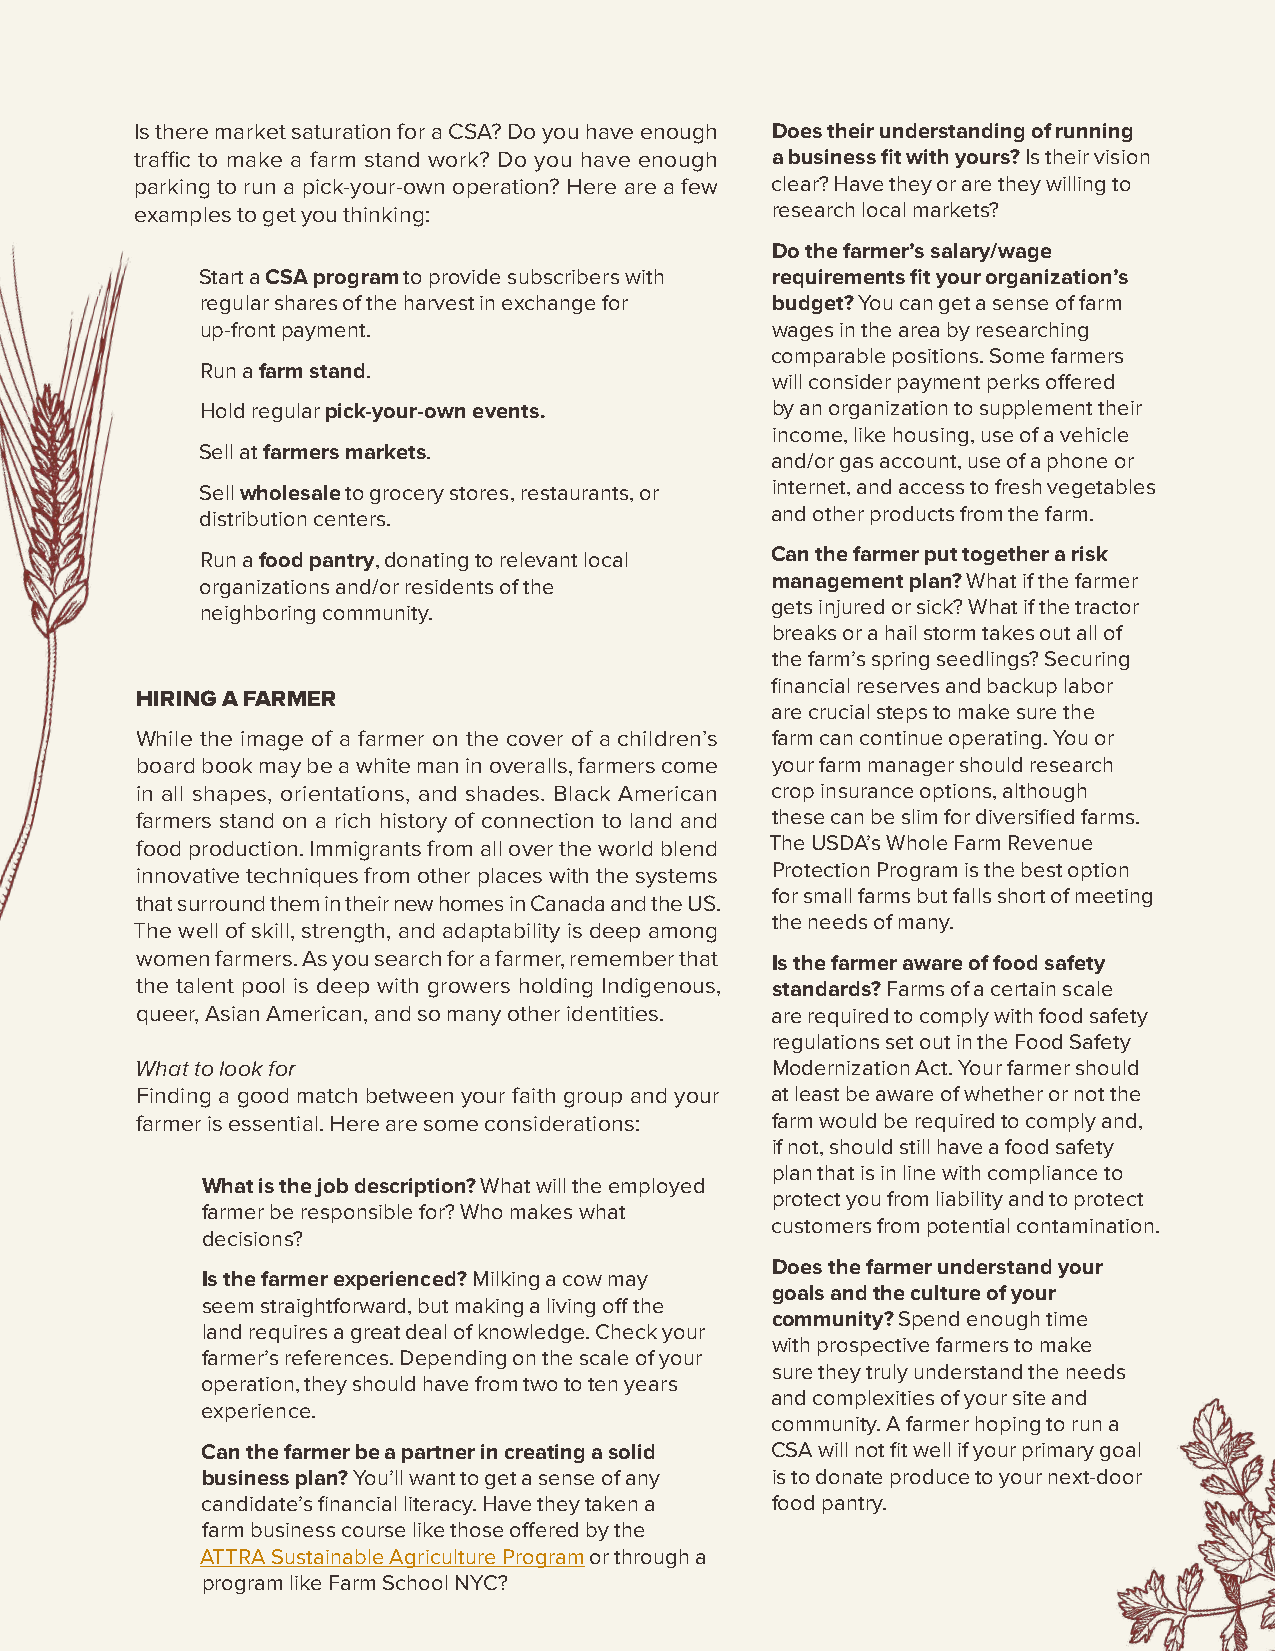
Is there market saturation for a CSA? Do you have enough Does their understanding of running
 traffic to make a farm stand work? Do you have enough a business fit with yours? Is their vision
 parking to run a pick-your-own operation? Here are a few clear? Have they or are they willing to
 examples to get you thinking:             research local markets?
 Do the farmer’s salary/wage
 Start a CSA program to provide subscribers with requirements fit your organization’s
 regular shares of the harvest in exchange for budget? You can get a sense of farm
 up-front payment.                     wages in the area by researching
 comparable positions. Some farmers
 Run a farm stand.
 will consider payment perks offered
 Hold regular pick-your-own events.    by an organization to supplement their
 income, like housing, use of a vehicle
 Sell at farmers markets.
 and/or gas account, use of a phone or
 Sell wholesale to grocery stores, restaurants, or internet, and access to fresh vegetables
 distribution centers.                 and other products from the farm.
 Run a food pantry, donating to relevant local Can the farmer put together a risk
 organizations and/or residents of the management plan? What if the farmer
 neighboring community.                gets injured or sick? What if the tractor
 breaks or a hail storm takes out all of
 the farm’s spring seedlings? Securing
 financial reserves and backup labor
 HIRING A FARMER
 are crucial steps to make sure the
 While the image of a farmer on the cover of a children’s farm can continue operating. You or
 board book may be a white man in overalls, farmers come your farm manager should research
 in all shapes, orientations, and shades. Black American crop insurance options, although
 farmers stand on a rich history of connection to land and these can be slim for diversified farms.
 food production. Immigrants from all over the world blend The USDA’s Whole Farm Revenue
 innovative techniques from other places with the systems Protection Program is the best option
 for small farms but falls short of meeting
 that surround them in their new homes in Canada and the US.
 the needs of many.
 The well of skill, strength, and adaptability is deep among
 women farmers. As you search for a farmer, remember that Is the farmer aware of food safety
 the talent pool is deep with growers holding Indigenous, standards? Farms of a certain scale
 queer, Asian American, and so many other identities. are required to comply with food safety
 regulations set out in the Food Safety
 What to look for                          Modernization Act. Your farmer should
 Finding a good match between your faith group and your at least be aware of whether or not the
 farmer is essential. Here are some considerations: farm would be required to comply and,
 if not, should still have a food safety
 plan that is in line with compliance to
 What is the job description? What will the employed
 protect you from liability and to protect
 farmer be responsible for? Who makes what
 customers from potential contamination.
 decisions?
 Does the farmer understand your
 Is the farmer experienced? Milking a cow may
 goals and the culture of your
 seem straightforward, but making a living off the
 community? Spend enough time
 land requires a great deal of knowledge. Check your
 with prospective farmers to make
 farmer’s references. Depending on the scale of your
 sure they truly understand the needs
 operation, they should have from two to ten years
 and complexities of your site and
 experience.
 community. A farmer hoping to run a
 Can the farmer be a partner in creating a solid CSA will not fit well if your primary goal
 business plan? You’ll want to get a sense of any is to donate produce to your next-door
 candidate’s financial literacy. Have they taken a food pantry.
 farm business course like those offered by the
 ATTRA Sustainable Agriculture Program or through a
 program like Farm School NYC?